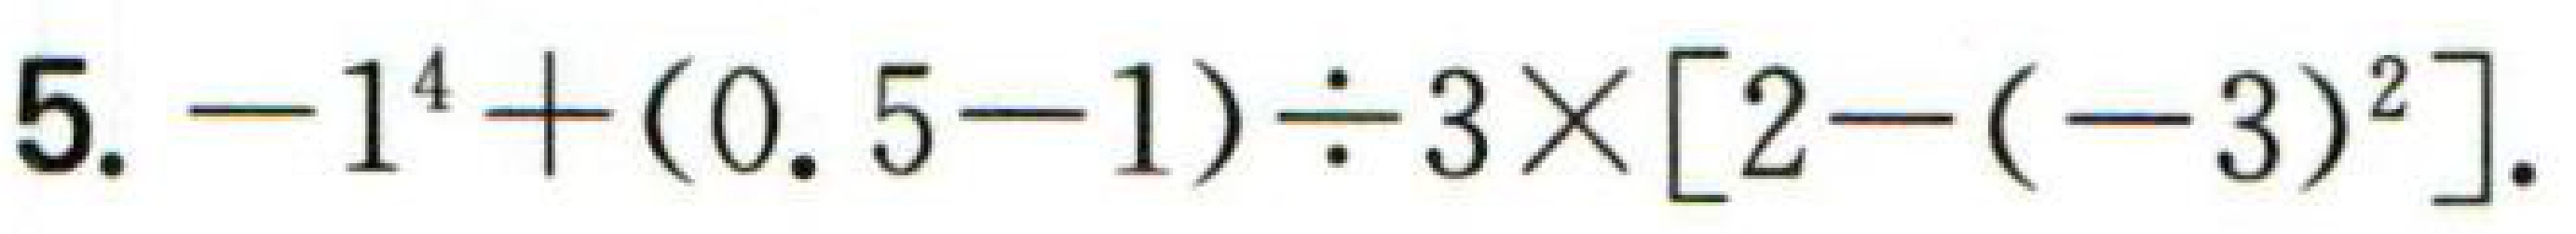
$5. - 1^{4}+(0.5 - 1)\div3\times[2 - (- 3)^{2}].$